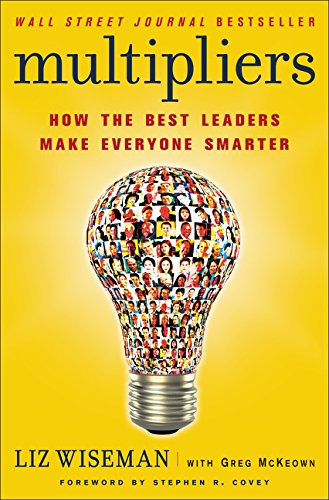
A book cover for Multipliers: How the Best Leaders Make Everyone Smarter; Liz Wiseman; Business & Money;